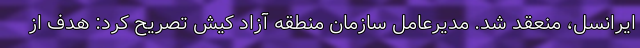
ایرانسل، منعقد شد. مدیرعامل سازمان منطقه آزاد کیش تصریح کرد: هدف از